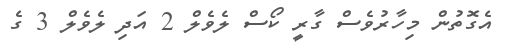
އެގޮތުން މިހާރުވެސް ގާރީ ކޯސް ލެވެލް 2 އަދި ލެވެލް 3 ގެ